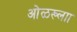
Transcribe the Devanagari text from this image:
ओळख्लाा